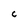
Character: C